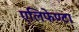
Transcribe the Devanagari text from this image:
एलिफेण्टा